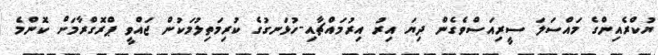
ޔުކްރެއިންގެ މައްސަލަ ސީރިއަސްވެގެން ދިޔަ އިރު އިރުމައްޗާއި-ހުޅަނގުގެ ކުރިމަތިލުމަކުން ޖައްވީ ޕްރޮގްރާމަށް ކޮންމެ